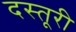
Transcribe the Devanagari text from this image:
दस्तूरी